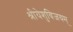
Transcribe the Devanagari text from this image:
श्रीयेशुविजयम्